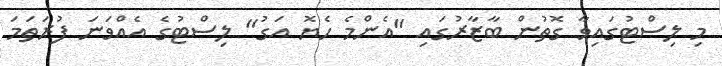
މި ލިސްޓުގައިވާ ގޮތުން ބާޒާރުގައި "އެންމެ ހެޔޮ އަގު" ލިސްޓުގެ އެއްވަނަ ފުރަތަމަ